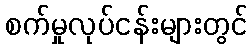
စက်မှုလုပ်ငန်းများတွင်